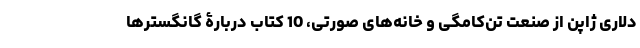
دلاری ژاپن از صنعت تن‌کامگی و خانه‌های صورتی، 10 کتاب دربارۀ گانگسترها